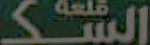
الشكـ